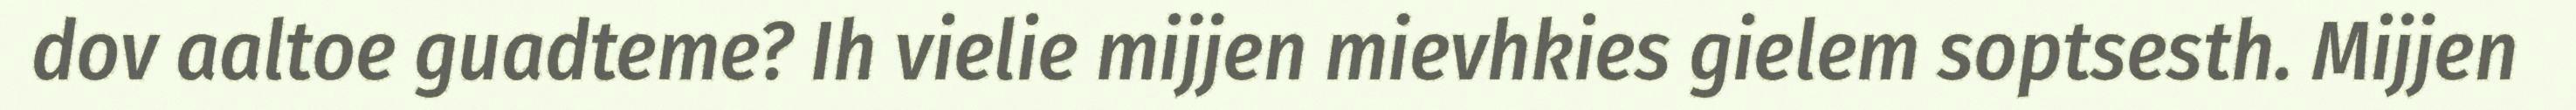
dov aaltoe guadteme? Ih vielie mijjen mievhkies gielem soptsesth. Mijjen